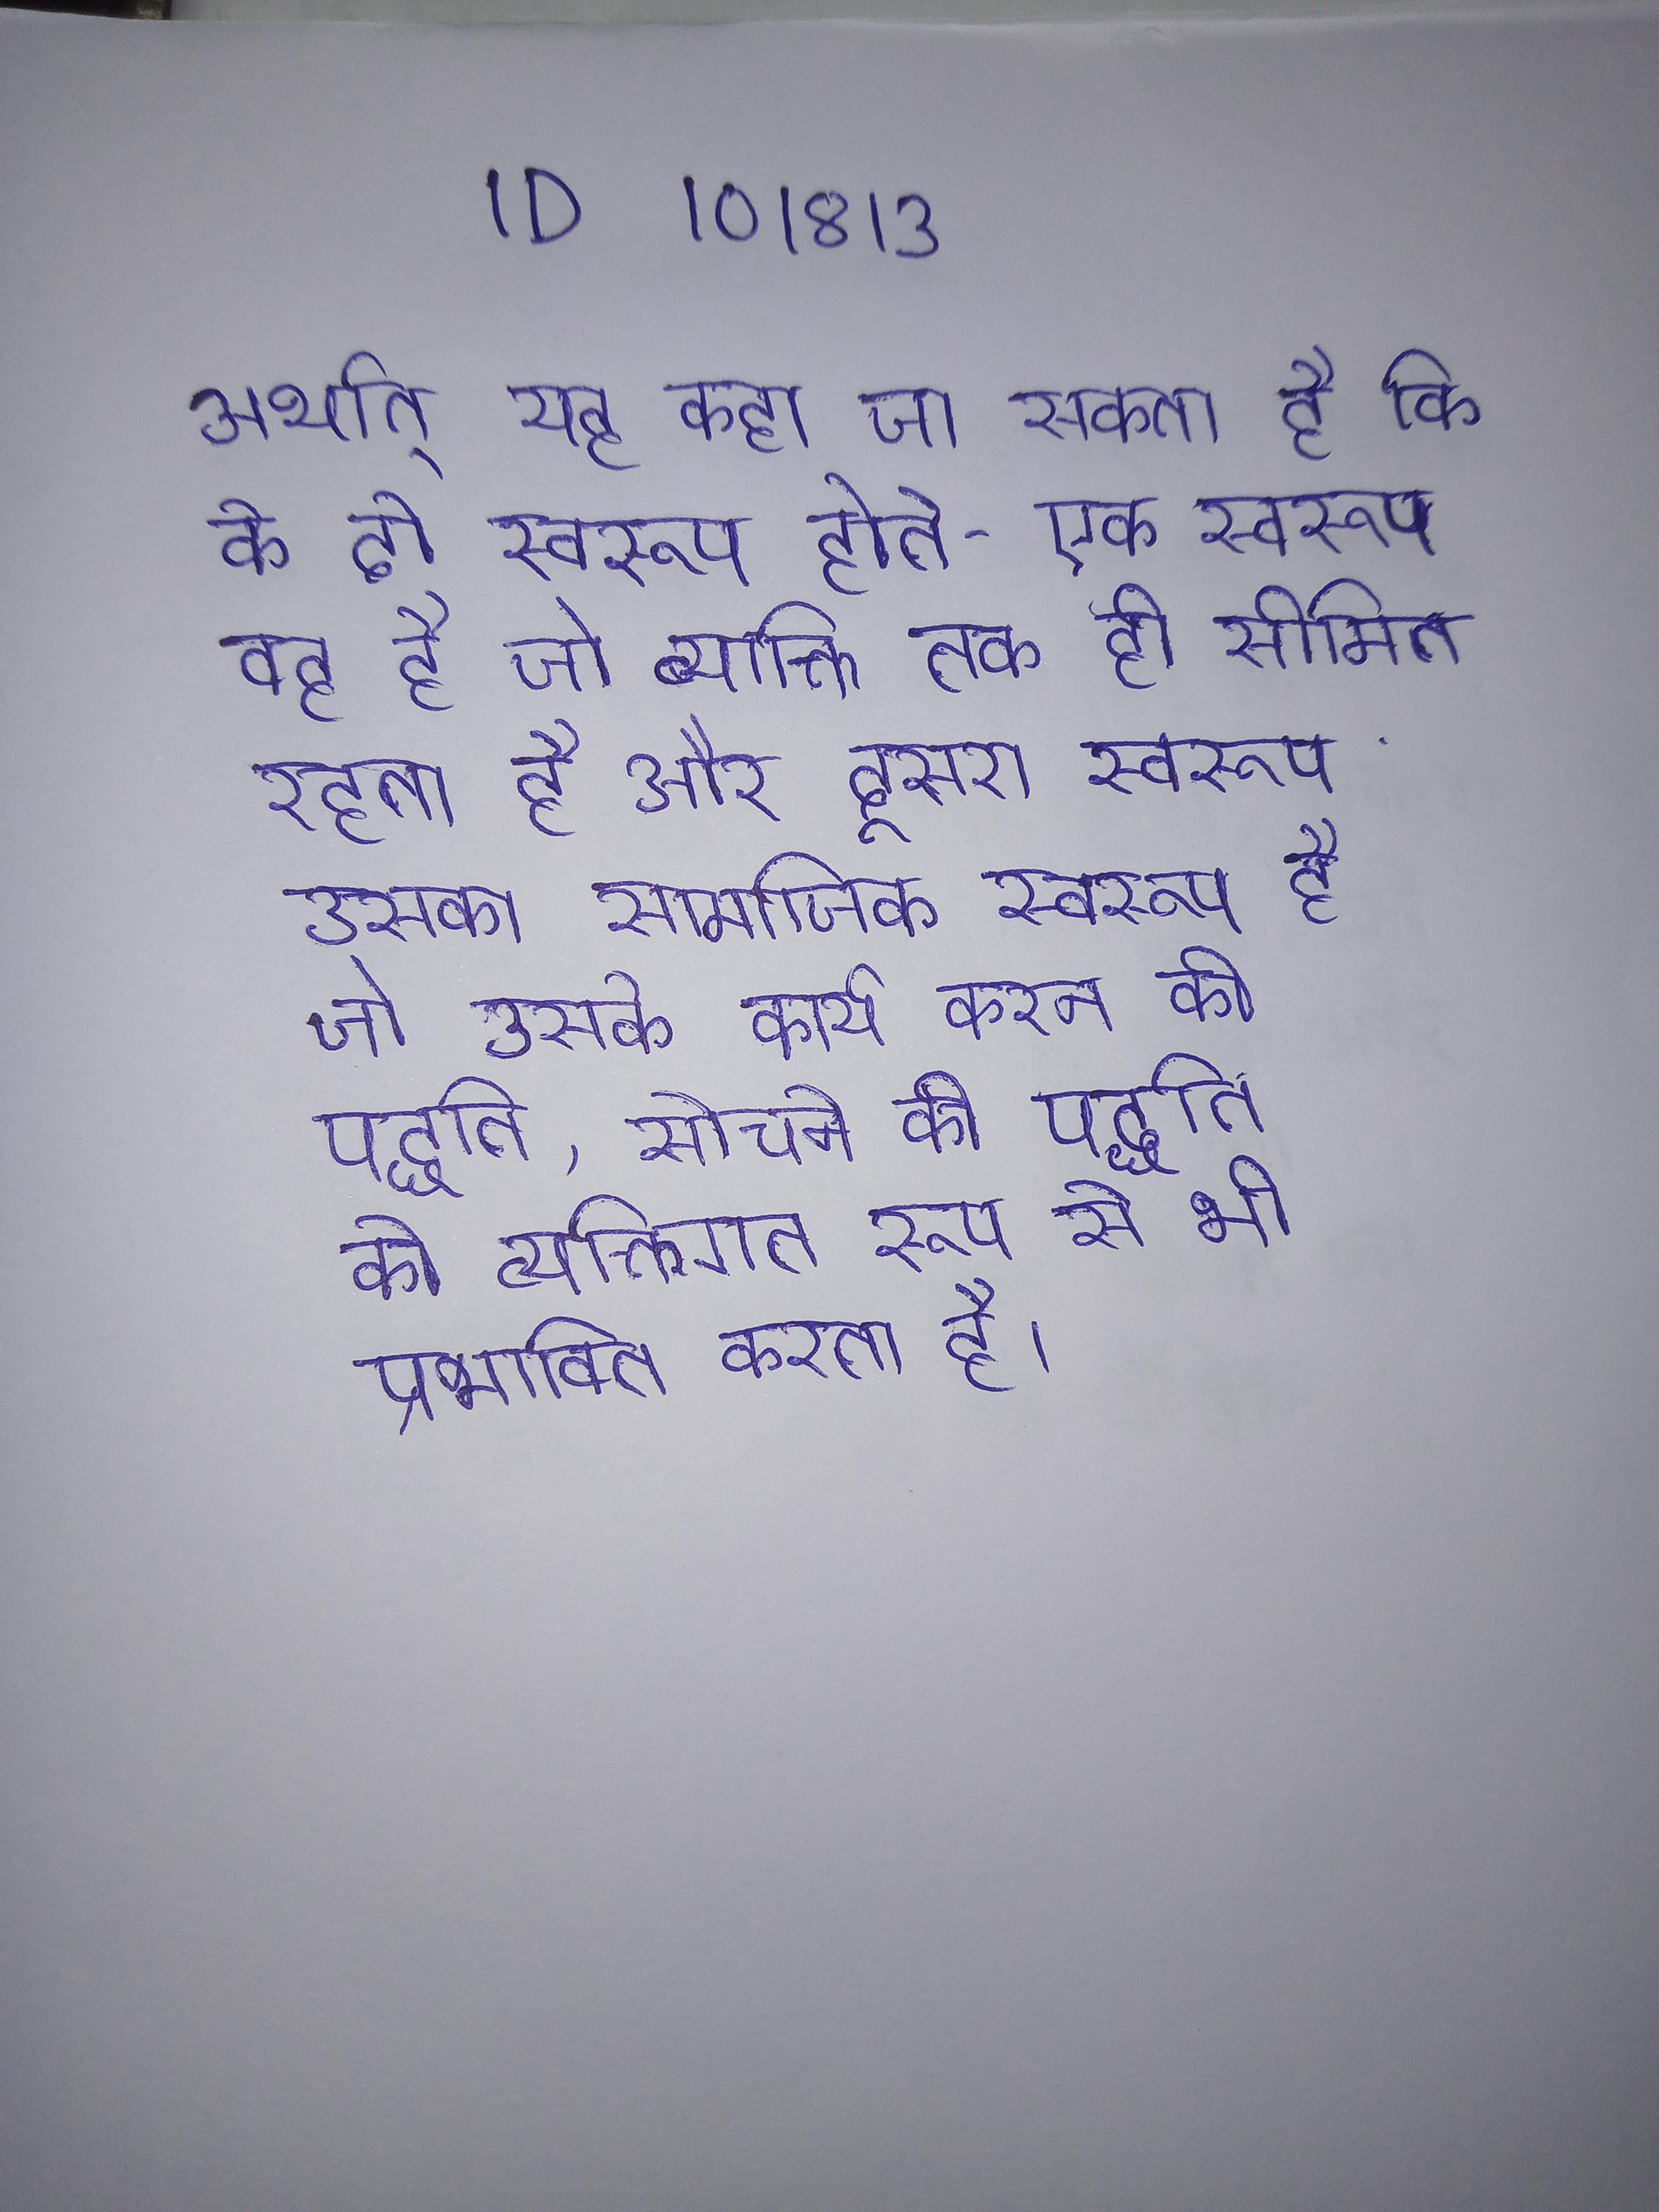
अर्थात् यह कहा जा सकता है कि के दो स्वरूप होते - एक स्वरूप वह है जो व्यक्ति तक ही सीमित रहता है और दूसरा स्वरूप उसका सामाजिक स्वरूप है जो उसके कार्य करने की पद्धति, सोचने की पद्धति को व्यक्तिगत रूप से भी प्रभावित करता है ।